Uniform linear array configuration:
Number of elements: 16
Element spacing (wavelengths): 0.25
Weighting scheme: exponential
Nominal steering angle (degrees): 45
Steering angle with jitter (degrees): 45.445
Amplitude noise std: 0.05
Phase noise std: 0.05

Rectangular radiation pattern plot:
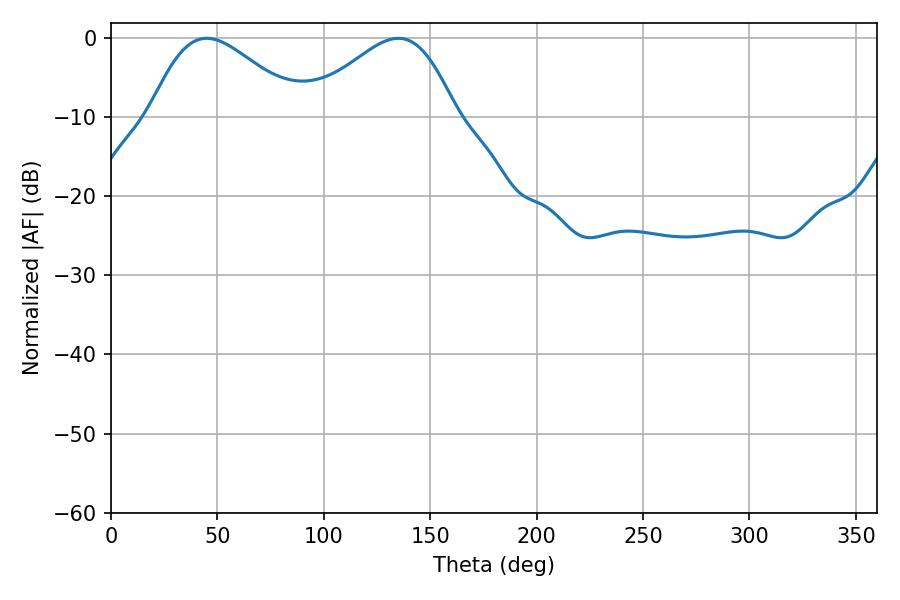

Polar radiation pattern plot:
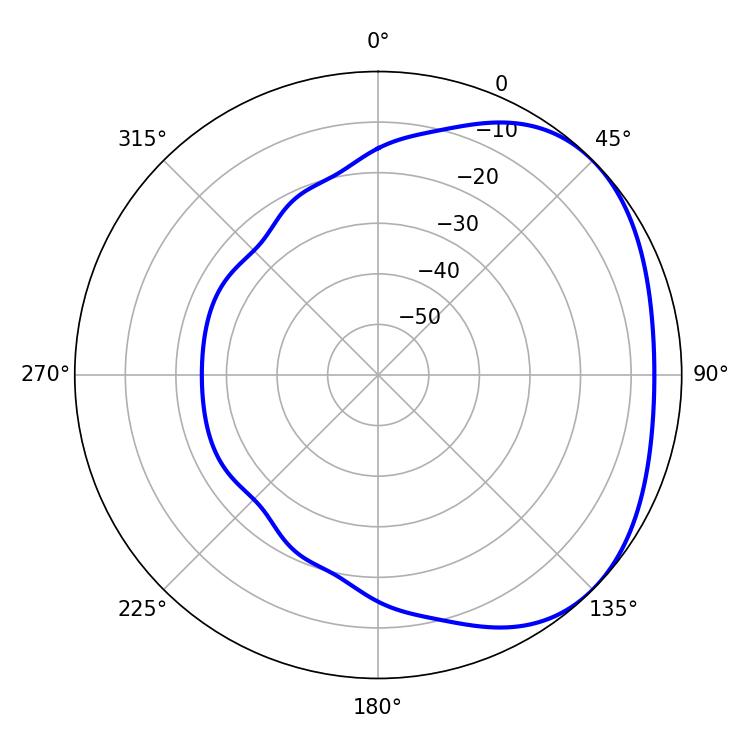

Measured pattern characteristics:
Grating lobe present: FALSE
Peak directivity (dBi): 2.66
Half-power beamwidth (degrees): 37.44
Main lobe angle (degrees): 45